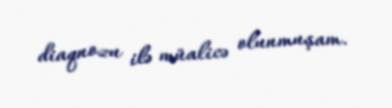
diaqnozu ilə müalicə olunmuşam.